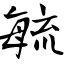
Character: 毓